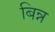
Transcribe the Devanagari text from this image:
बिन्न